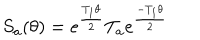
S _ { a } ( \theta ) = e ^ { \frac { T _ { 1 } \theta } { 2 } } T _ { a } e ^ { \frac { - T _ { 1 } \theta } { 2 } }